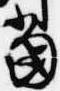
当